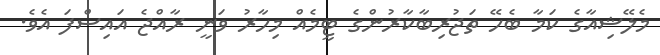
މެލޭޝިއާގެ ކަމާ ބެހޭ ތަޖުރިބާކާރުންގެ ޓީމެއް މިހާރު ވަނީ ރާއްޖެ އައިސްފަ އެވެ.